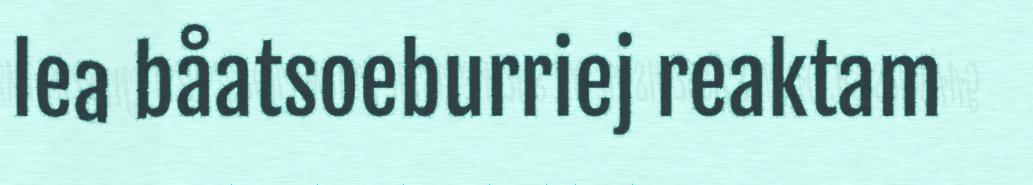
lea båatsoeburriej reaktam